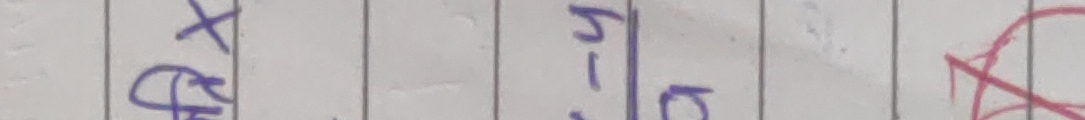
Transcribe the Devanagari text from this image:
खति र कि